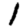
Digit: 1